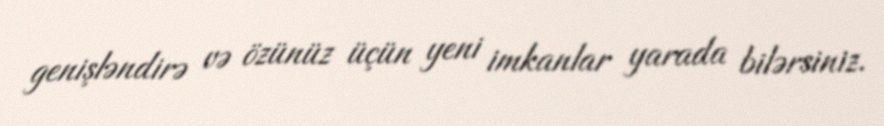
genişləndirə və özünüz üçün yeni imkanlar yarada bilərsiniz.